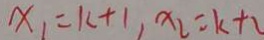
x _ { 1 } = k + 1 , x _ { 2 } = k + 2